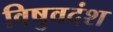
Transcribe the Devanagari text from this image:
विषुवदंश